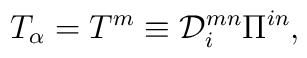
T_\alpha=T^m\equiv{\cal D}_i^{mn}\Pi^{in},